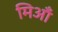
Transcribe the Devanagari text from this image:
मिआँ